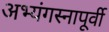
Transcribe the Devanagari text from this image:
अभ्यंगस्नापूर्वी